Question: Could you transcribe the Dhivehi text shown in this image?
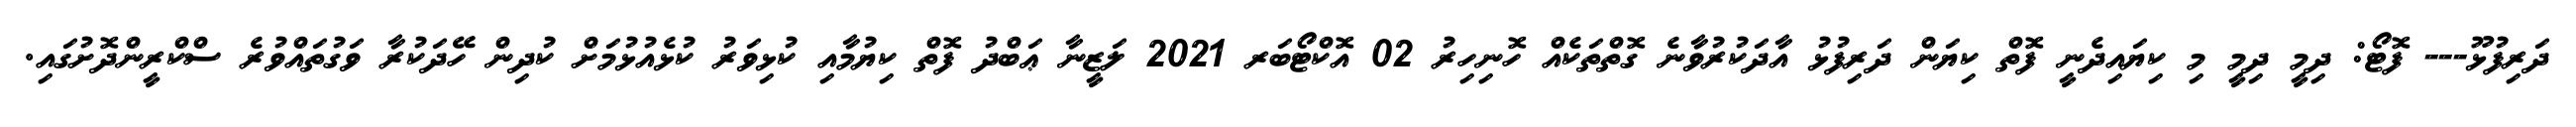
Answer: ދަރިފުޅޫ--- ފޮޓޯ: ދިމީ ދިމީ މި ކިޔައިދެނީ ފޮތް ކިޔަން ދަރިފުޅު އާދަކުރުވާނެ ގޮތްތަކެއް ހޮނިހިރު 02 އޮކްޓޯބަރ 2021 ލަޒީނާ ޢަބްދު ފޮތް ކިޔުމާއި ކުޅިވަރު ކުޅެއުޅުމަށް ކުދިން ހޭދަކުރާ ވަގުތައްވުރެ ސްކްރީންދޮށުގައި.